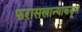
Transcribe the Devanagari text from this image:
फरासखान्याकडून